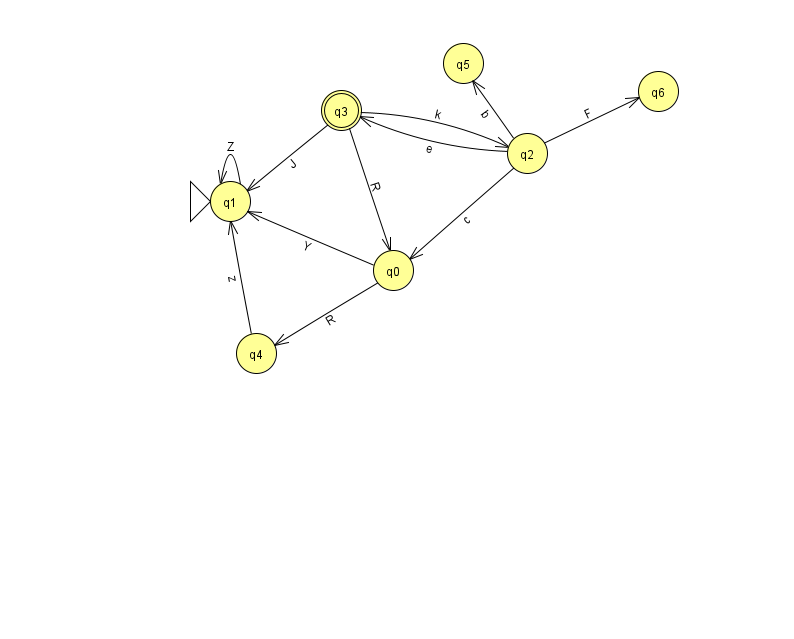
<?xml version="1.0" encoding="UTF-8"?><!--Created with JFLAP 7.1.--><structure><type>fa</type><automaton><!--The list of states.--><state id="0" name="q0"><x>393.0</x><y>257.0</y></state><state id="1" name="q1"><x>230.0</x><y>188.0</y><initial/></state><state id="2" name="q2"><x>527.0</x><y>140.0</y></state><state id="3" name="q3"><x>341.0</x><y>97.0</y><final/></state><state id="4" name="q4"><x>256.0</x><y>340.0</y></state><state id="5" name="q5"><x>463.0</x><y>50.0</y></state><state id="6" name="q6"><x>658.0</x><y>78.0</y></state><!--The list of transitions.--><transition><from>0</from><to>1</to><read>Y</read></transition><transition><from>2</from><to>3</to><read>e</read></transition><transition><from>2</from><to>5</to><read>b</read></transition><transition><from>2</from><to>0</to><read>c</read></transition><transition><from>3</from><to>0</to><read>R</read></transition><transition><from>3</from><to>1</to><read>J</read></transition><transition><from>1</from><to>1</to><read>Z</read></transition><transition><from>3</from><to>2</to><read>k</read></transition><transition><from>2</from><to>6</to><read>F</read></transition><transition><from>0</from><to>4</to><read>R</read></transition><transition><from>4</from><to>1</to><read>z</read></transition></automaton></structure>